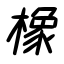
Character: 橡